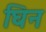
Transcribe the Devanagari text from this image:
घिन